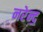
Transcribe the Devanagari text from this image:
नरेन्द॒